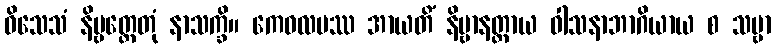
ဝိသေသံ နိဗ္ဗတ္တေတုံ နာသက္ခိ။ ကေဝလမဿ အာယတိံ နိဗ္ဗာနတ္ထာယ ဝါသနာဘာဂိယာယ စ သဗ္ဗာ